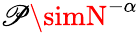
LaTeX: \mathscr{P}\simN^{-\alpha}